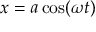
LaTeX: x = a \cos ( \omega t )